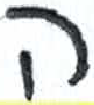
אות: ה